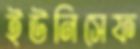
ইউনিসেফ